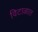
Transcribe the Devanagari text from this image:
विटाळात